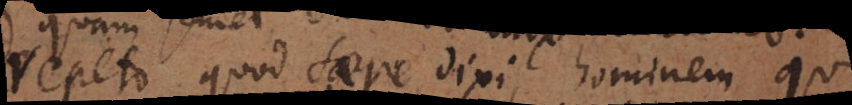
repeto quod saepe dixi, hominem qui